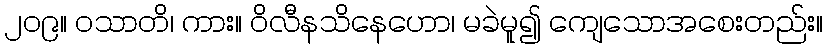
၂၀၉။ ဝသာတိ၊ ကား။ ဝိလီနသိနေဟော၊ မခဲမူ၍ ကျေသောအစေးတည်း။